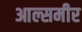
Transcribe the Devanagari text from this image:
आल्समीर